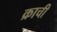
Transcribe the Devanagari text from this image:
क्राची